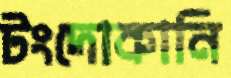
টংদোকানি